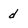
Character: d